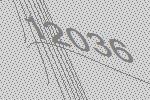
12036